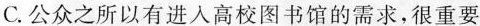
C.公众之所以有进入高校图书馆的需求，很重要